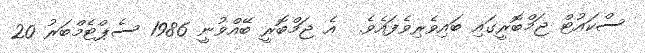
ސްކައުޓް ޖަމްބޮރީގައި ބައިވެރިވެފައެވެ.  އެ ޖަމްބޮރީ ބޭއްވުނީ 1986 ސެޕްޓެމްބަރު 20